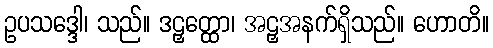
ဥပသဒ္ဒေါ၊ သည်။ ဒဠှတ္ထော၊ အဠှအနက်ရှိသည်။ ဟောတိ။